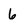
Character: 6